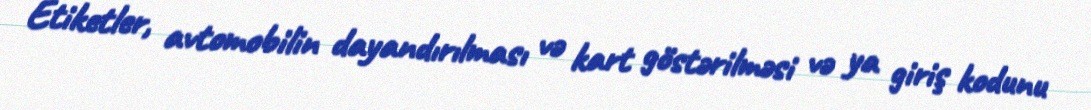
Etiketler, avtomobilin dayandırılması və kart göstərilməsi və ya giriş kodunu